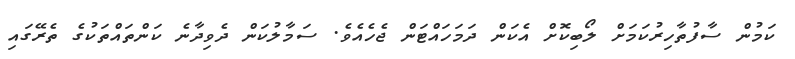
ކަމުން ސާފުތާހިރުކަމަށް ލޯބިކޮށް އެކަން ދަމަހައްޓަން ޖެހެއެވެ. ސަމާލުކަން ދެވިދާނެ ކަންތައްތަކުގެ ތެރޭގައި